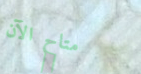
متاح الآن